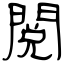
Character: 閲